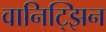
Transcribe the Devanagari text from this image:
वानिट्झिन